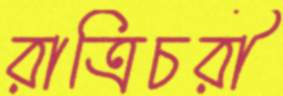
রাত্রিচরী